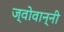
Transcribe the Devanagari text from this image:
ज्वोवान्नी